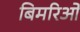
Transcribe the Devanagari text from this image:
बिमरिओ